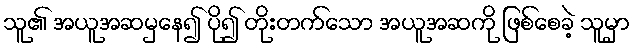
သူ၏ အယူအဆမှနေ၍ ပို၍ တိုးတက်သော အယူအဆကို ဖြစ်စေခဲ့ သူမှာ